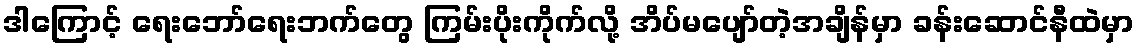
ဒါကြောင့် ရေးဘော်ရေးဘက်တွေ ကြမ်းပိုးကိုက်လို့ အိပ်မပျော်တဲ့အချိန်မှာ ခန်းဆောင်နီထဲမှာ